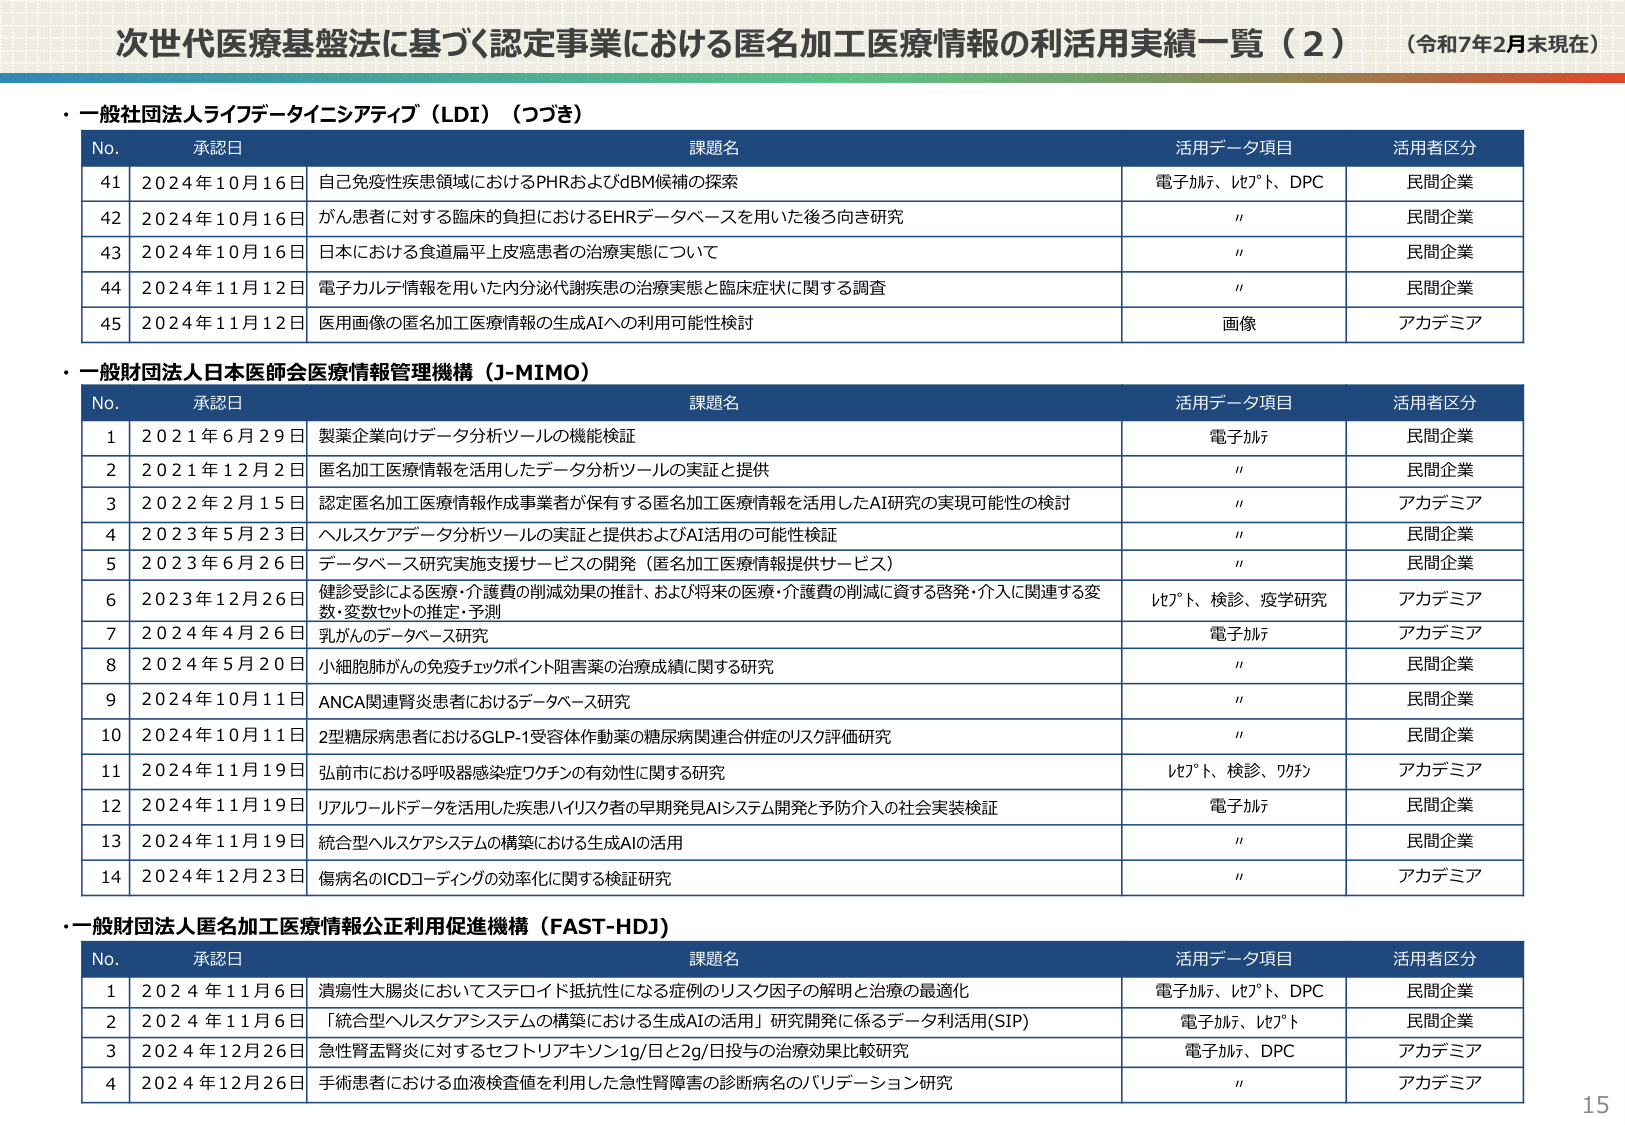
次世代医療基盤法に基づく認定事業における匿名加工医療情報の利活用実績一覧（2）（令和7年2月末現在）

・一般社団法人ライフデータイニシアティブ（LDI）（つづき）

No. 承認日 課題名 活用データ項目 活用者区分
41 2024年10月16日 自己免疫性疾患領域におけるPHRおよびdBMM候補の探索 電子カルテ、レセプト、DPC 民間企業
42 2024年10月16日 がん患者に対する臨床的負担におけるEHRデータベースを用いた後ろ向き研究 " 民間企業
43 2024年10月16日 日本における食道扁平上皮癌患者の治療実態について " 民間企業
44 2024年11月12日 電子カルテ情報を用いた内分泌代謝疾患の治療実態と臨床症状に関する調査 " 民間企業
45 2024年11月12日 医用画像の匿名加工医療情報の生成AIへの利用可能性検討 画像 アカデミア

・一般財団法人日本医師会医療情報管理機構（J-MIMO）

No. 承認日 課題名 活用データ項目 活用者区分
1 2021年6月29日 製薬企業向けデータ分析ツールの機能検証 電子カルテ 民間企業
2 2021年12月2日 匿名加工医療情報を活用したデータ分析ツールの実証と提供 " 民間企業
3 2022年2月15日 認定匿名加工医療情報作成事業者が保有する匿名加工医療情報を活用したAI研究の実現可能性の検討 " アカデミア
4 2023年5月23日 ヘルスケアデータ分析ツールの実証と提供およびAI活用の可能性検証 " 民間企業
5 2023年6月26日 データベース研究実施支援サービスの開発（匿名加工医療情報提供サービス） " 民間企業
6 2023年12月26日 健診受診による医療・介護費の削減効果の推計、および将来の医療・介護費の削減に資する啓発・介入に関連する変数・変数セットの推定・予測 レセプト、検診、疫学研究 アカデミア
7 2024年4月26日 乳がんのデータベース研究 電子カルテ アカデミア
8 2024年5月20日 小細胞肺がんの免疫チェックポイント阻害薬の治療成績に関する研究 " 民間企業
9 2024年10月11日 ANCA関連腎炎患者におけるデータベース研究 " 民間企業
10 2024年10月11日 2型糖尿病患者におけるGLP-1受容体作動薬の糖尿病関連合併症のリスク評価研究 " 民間企業
11 2024年11月19日 弘前市における呼吸器感染症ワクチンの有効性に関する研究 レセプト、検診、ワクチン アカデミア
12 2024年11月19日 リアルワールドデータを活用した疾患ハイリスク者の早期発見AIシステム開発と予防介入の社会実装検証 電子カルテ 民間企業
13 2024年11月19日 統合型ヘルスケアシステムの構築における生成AIの活用 " 民間企業
14 2024年12月23日 傷病名のICDコーディングの効率化に関する検証研究 " アカデミア

・一般財団法人匿名加工医療情報公正利用促進機構（FAST-HDJ）

No. 承認日 課題名 活用データ項目 活用者区分
1 2024年11月6日 潰瘍性大腸炎においてステロイド抵抗性になる症例のリスク因子の解明と治療の最適化 電子カルテ、レセプト、DPC 民間企業
2 2024年11月6日 「統合型ヘルスケアシステムの構築における生成AIの活用」研究開発に係るデータ利活用(SIP) 電子カルテ、レセプト 民間企業
3 2024年12月26日 急性腎盂腎炎に対するセフトリアキソン1g/日と2g/日投与の治療効果比較研究 電子カルテ、DPC アカデミア
4 2024年12月26日 手術患者における血液検査値を利用した急性腎障害の診断病名のバリデーション研究 " アカデミア

15